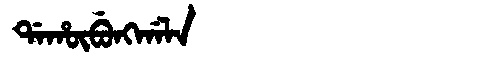
Manchu: ᡩᠠᡥᡡᠪᡠᠩᡤᠠᠯᠠ
Romanization: DAHŪBUNGGALA